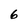
Character: 6